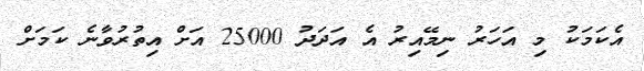
އެކަމަކު މި އަހަރު ނިމޭއިރު އެ އަދަދު 25000 އަށް އިތުރުވާނެ ކަމަށް